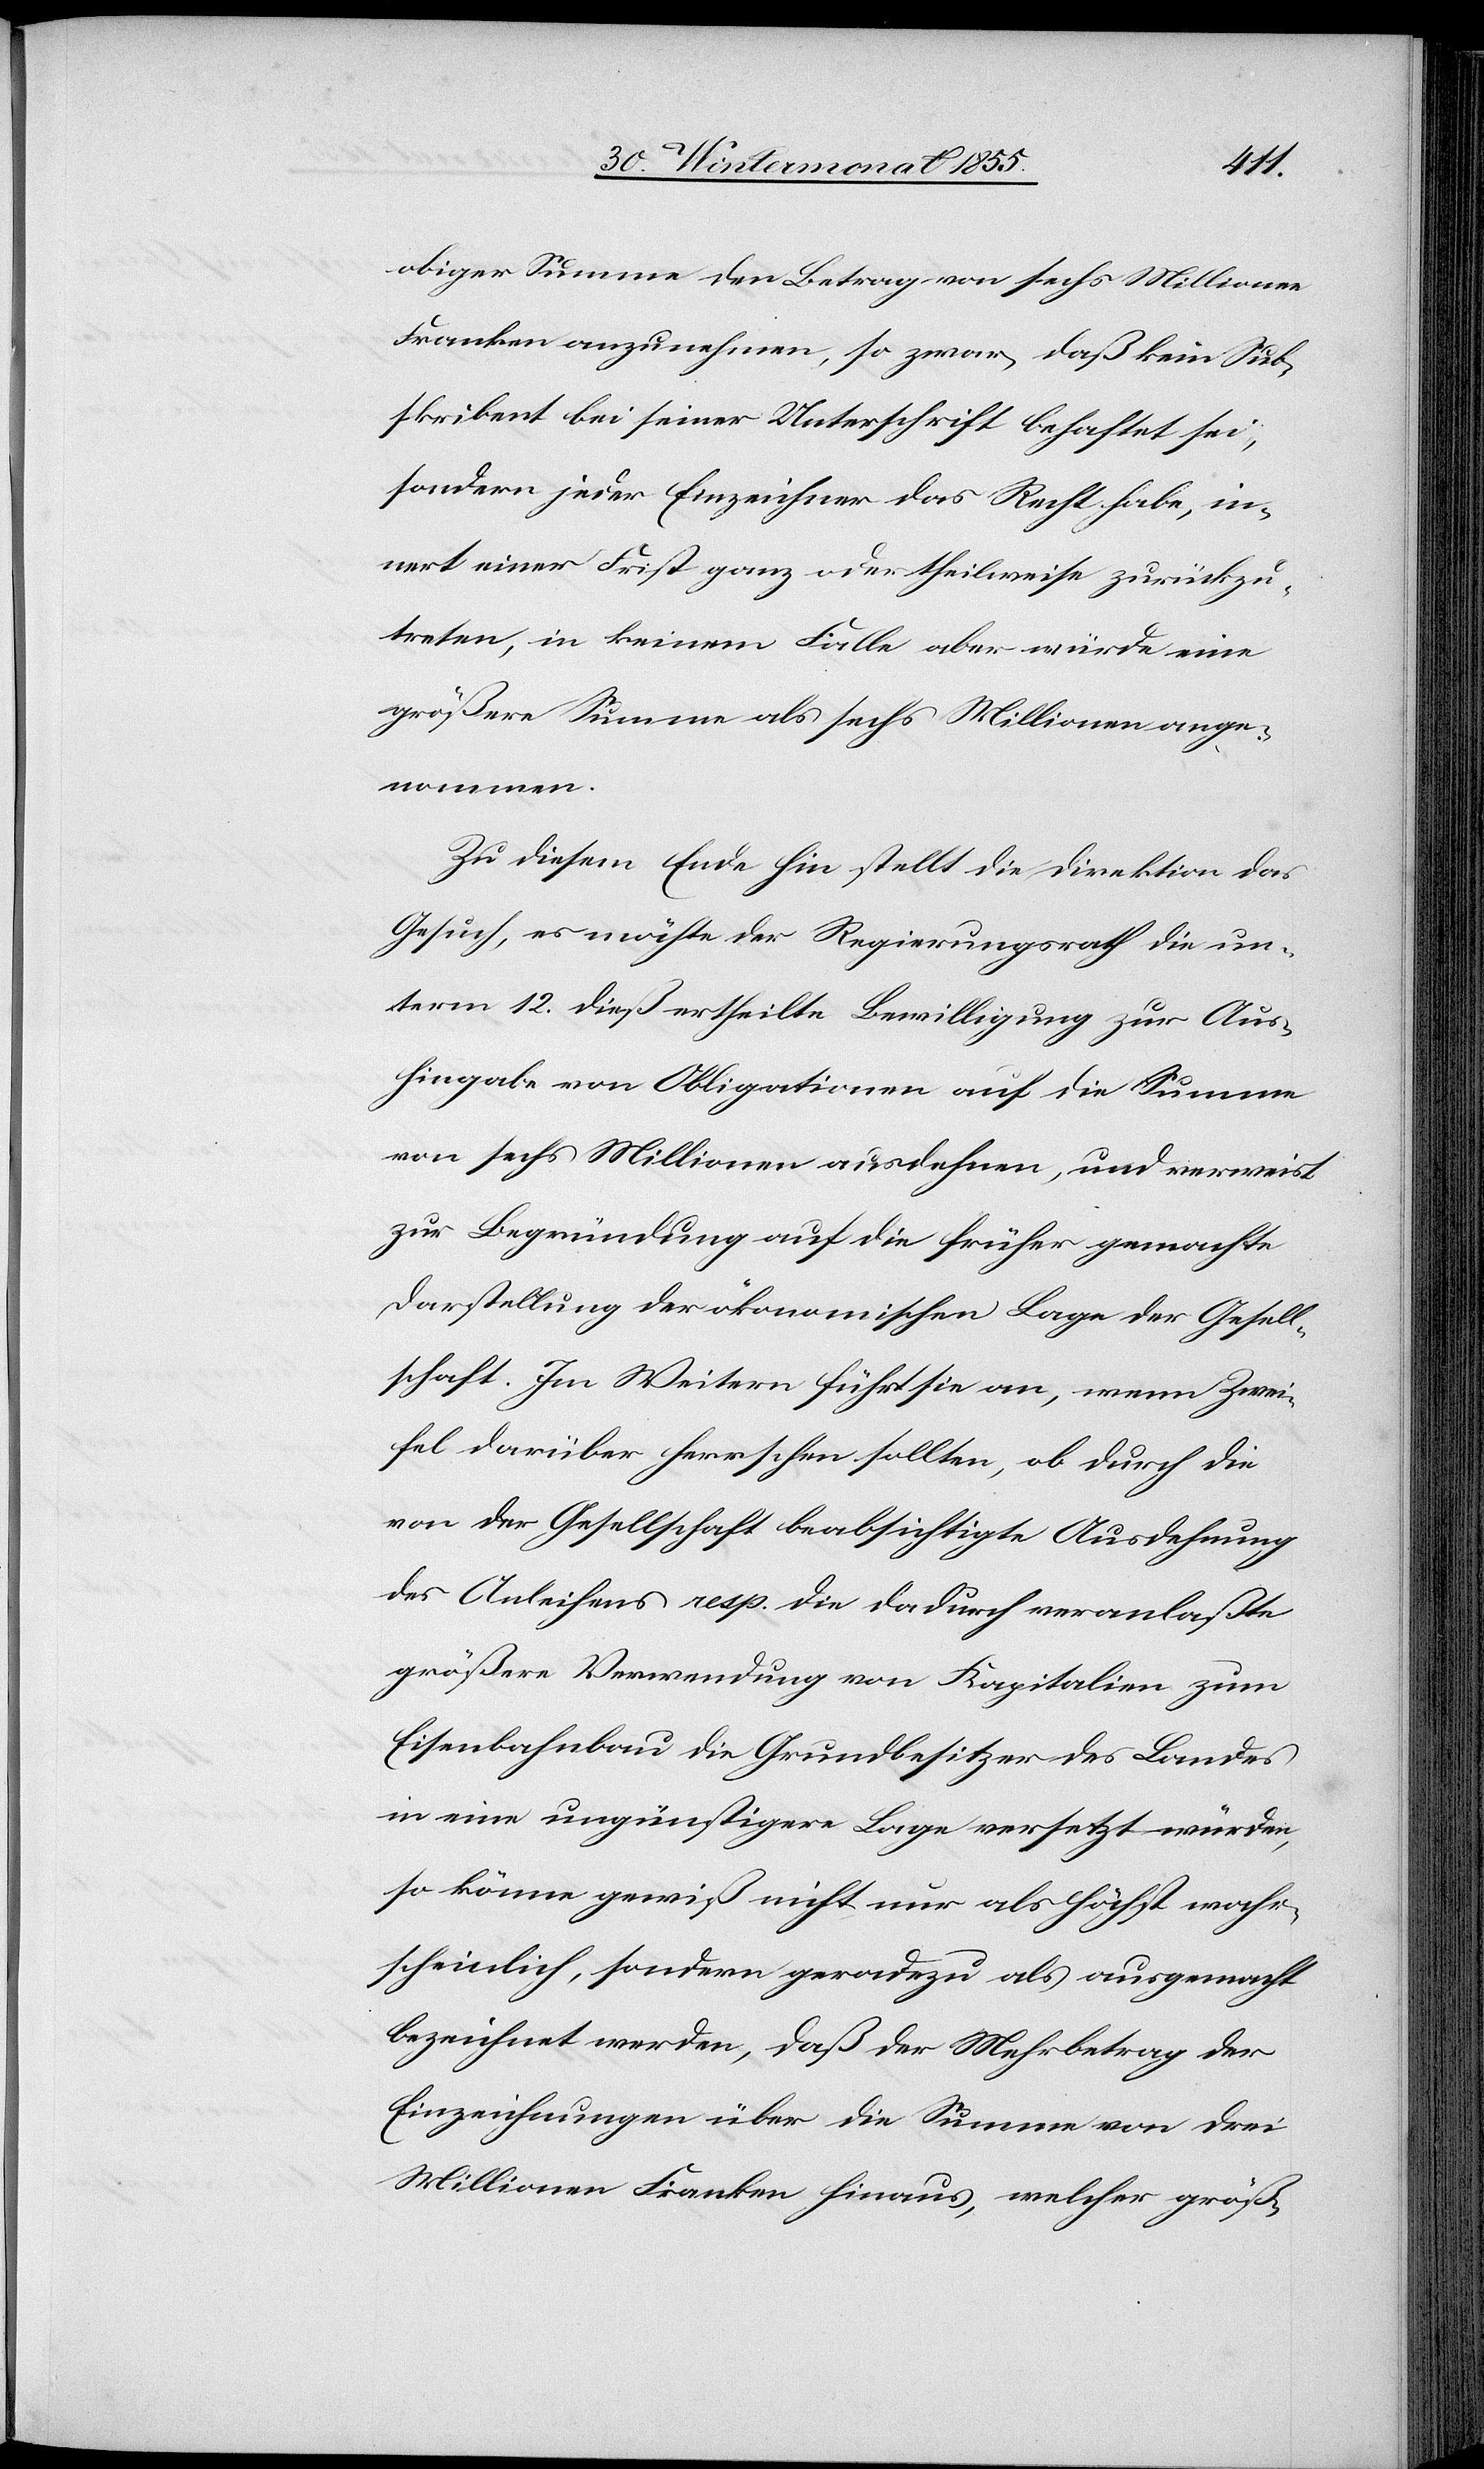
obiger Summe den Betrag von sechs Millionen
Franken anzunehmen, so zwar, daß kein Sub¬
skribent bei seiner Unterschrift behaftet sei,
sondern jeder Einzeichner das Recht habe, in¬
nert einer Frist ganz oder theilweise zurückzu¬
treten, in keinem Falle aber würde eine
größere Summe als sechs Millionen ange¬
nommen.
Zu diesem Ende hin stellt die Direktion das
Gesuch, es möchte der Regierungsrath die un¬
term 12. dieß ertheilte Bewilligung zur Aus¬
hingabe von Obligationen auf die Summe
von sechs Millionen ausdehnen, und verweist
zur Begründung auf die früher gemachte
Darstellung der ökonomischen Lage der Gesell¬
schaft. Im Weitern führt sie an, wenn Zwei¬
fel darüber herrschen sollten, ob durch die
von der Gesellschaft beabsichtigte Ausdehnung
des Anleihens resp. die dadurch veranlaßte
größere Verwendung von Kapitalien zum
Eisenbahnbau die Grundbesitzer des Landes
in eine ungünstigere Lage versetzt würden,
so könne gewiß nicht nur als höchst wahr¬
scheinlich, sondern geradezu als ausgemacht
bezeichnet werden, daß der Mehrbetrag der
Einzeichnungen über die Summe von drei
Millionen Franken hinaus, welcher größ-